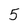
Character: 5